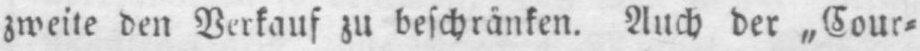
zweite den Verkauf zu beschränken. Auch der „Cour⸗